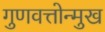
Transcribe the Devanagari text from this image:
गुणवत्तोन्मुख